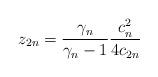
LaTeX: \begin{align*} z_{2n} = \frac{\gamma_{n}}{\gamma_{n} -1} \frac{c_{n}^{2}}{4c_{2n}} \end{align*}